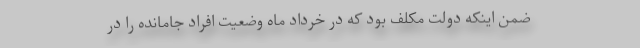
ضمن اینکه دولت مکلف بود که در خرداد ماه وضعیت افراد جامانده را در